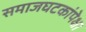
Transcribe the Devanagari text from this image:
समाजघटकांपेक्षा